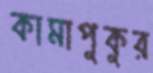
কামাপুকুর